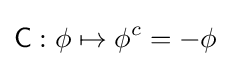
{\mathsf {C}}:\phi \mapsto \phi ^{c}=-\phi